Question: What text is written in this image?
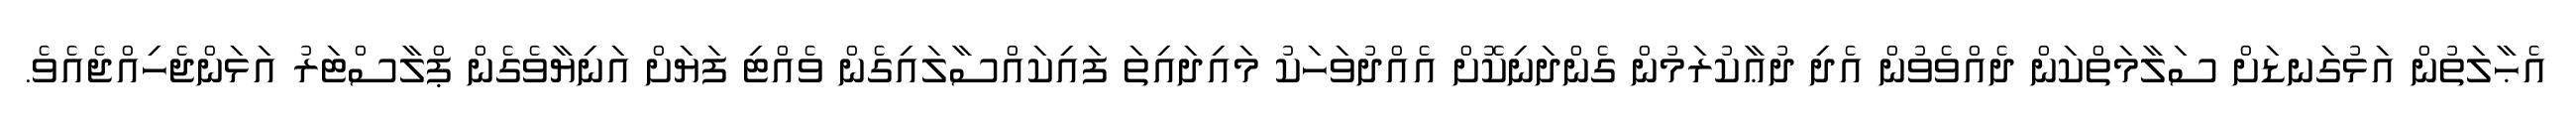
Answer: އެޙާލަތުން އަޅުގަނޑަށް ސަލާމަތްކަން ދެއްވެވުން އެދި ދުޢާކުރަމުން ގެންދަނިކޮށް އެއްދުވަހަކު މައިދައިތަ ފައިކައްސާލައިގެން ވެއްޓި ފަޔަށް އަނިޔާވެގެން ޕްލާސްޓަރު އަޅަންޖެހިއްޖެއެވެ.